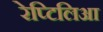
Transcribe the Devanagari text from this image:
रेप्टिलिआ